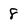
Character: 8